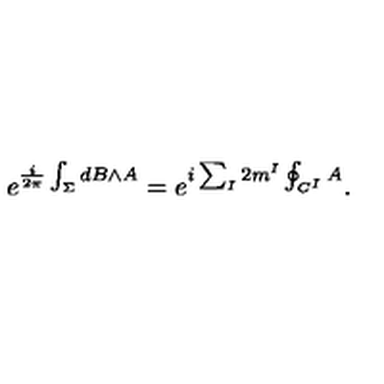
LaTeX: e ^ { \frac { i } { 2 \pi } \int _ { \Sigma } { d B \wedge A } } = e ^ { i \sum _ { I } 2 m ^ { I } \oint _ { C ^ { I } } A } .